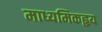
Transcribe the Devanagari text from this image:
माध्यमिकहृय